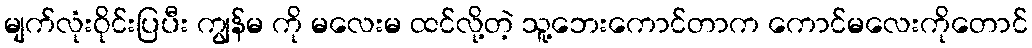
မျက်လုံးဝိုင်းပြပီး ကျွန်မ ကို မလေးမ ထင်လို့တဲ့ သူ့ဘေးကောင်တာက ကောင်မလေးကိုတောင်